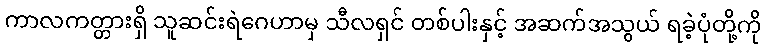
ကာလကတ္တားရှိ သူဆင်းရဲဂေဟာမှ သီလရှင် တစ်ပါးနှင့် အဆက်အသွယ် ရခဲ့ပုံတို့ကို